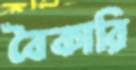
বৈকারি